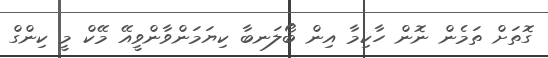
ގޮތަށް ތަމެން ނޮން ހާކިމާ އިން ބޯލަނބާ ކިޔަމަންވާންވީއޭ މޭކް މީ ކިންގް